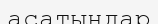
асатындар